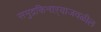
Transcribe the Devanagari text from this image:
समुद्रकिनाऱ्याजवळील